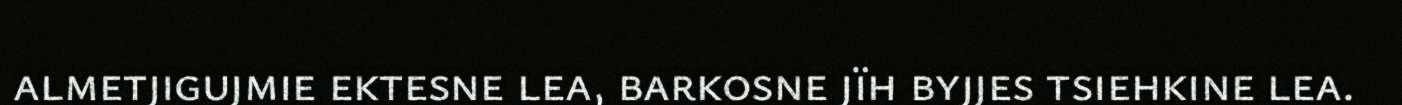
almetjigujmie ektesne lea, barkosne jïh byjjes tsiehkine lea.